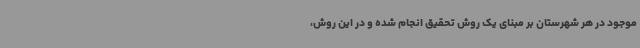
موجود در هر شهرستان بر مبنای یک روش تحقیق انجام‌ شده و در این روش،